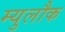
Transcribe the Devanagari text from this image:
म्युलौक